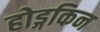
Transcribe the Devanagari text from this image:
होड्गकिन